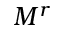
M ^ { r }